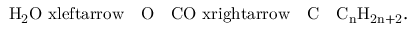
\begin{array} { r } { \mathrm { H _ { 2 } O \ x l e f t a r r o w { \ \ \ O \ \ \ } C O \ x r i g h t a r r o w { \ \ \ C \ \ \ } C _ { n } H _ { 2 n + 2 } } . } \end{array}